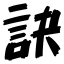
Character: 訣